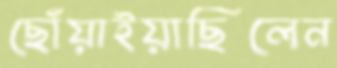
ছোঁয়াইয়াছিলেন